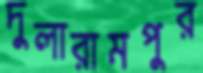
দুলারামপুর